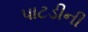
પાટડીની